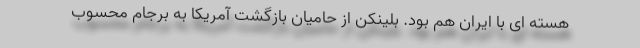
هسته ای با ایران هم بود. بلینکن از حامیان بازگشت آمریکا به برجام محسوب